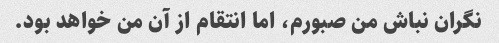
نگران نباش من صبورم، اما انتقام از آن من خواهد بود.